Tezpur Lunatic Asylum reports 1877-1894 - 1877-1894
Year: 1877
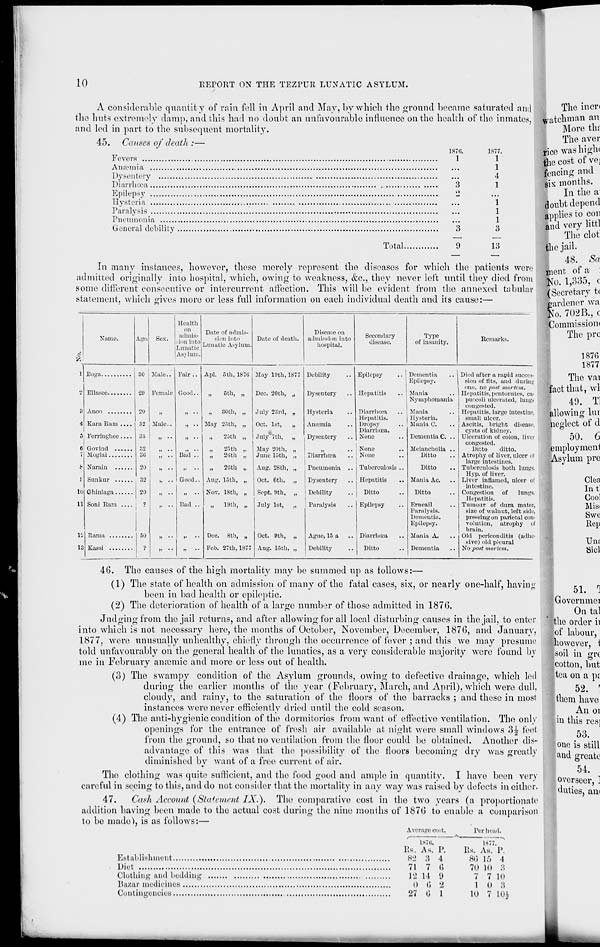
10
EErORT ON THE TEZPUR LUNATIC ASYLUM.
A considerable quantity of rain fell in April and May, by which the ground became saturated and
the huts extremely damp, and this had no doubt an unfavourable influence on the health of the inmates,
and led in part to the subsequent mortality.
45. Causes of death :—
ISTti.
1877.
Fevers
1
1
Anasrnia
1
Dysentery
4
Diari'hoea
3
1
Epilepsy
'2
Hysteria
1
Paralysis
1
Pneumonia
.
1
General debility
3
3
Total
9
13
In many instances, however, these merely represent the diseases for which the patients were
admitted originally into hospital, which, owing to weakness, &c., they never left until they died from
some different consecutive or intercurrent affection. This will be evident from the annexed tabular
statement, which gives more or less full information on each individual death and its cause:—
Name.
Age. Sex.
Health
itSLunatic Asylum
Asylum.
Date of death.
Disea-'-e on
admission into
hospital.
Secondary
disease.
Type
of insanity.
Kemarks
11
12
18
30
Ellasee
20
2(1
Kara Ham .... 52
Ferringhee.... 35
32
36
20
Sunkur
32
20
Soni Ram ....
?
50
?
Male..
Female
52 Male.
Fair .
Good.
Bad
Good..
Dad
Apl. 5th, 1870
>•
5th, „
„ 80th, „
Slay 25th, „
..
25th „
»
25th „
20th „
26th
Aug. 15th, „
Nov. 18th, „
„
19th, „
Dec. 8th, „
Feb. 27th, 1877
May 19th, 187;
Dec. 20th, „
July 23rd, „
Oct. 1st,
„
July 7th,
„
May 20th, „
June 15th, „
Aug. 28tli, „
Oct. 6th, „
Sept. 0th, „
July 1st,
„
Oct. 0th, „
Aug. 15th, „
Debility
Dysentery
Hysteria
Anaemia
Dysentery
Diarrhoea
rueuinonia
! Dysentery
I
1 Debility
I Paralysis
Ague, 15 a
Debility
Epilepsy
Hepatitis
Diarrhoea
Hepatitis.
Dropsy
Diarrhoea.
None
None
None
Tuberculosis
Hepatitis
Ditto
Epilepsy
Diarrhoea
Ditto
Dementia
Epilepsy.
Mania
Nymphomania
Mania
] [ysteria.
Mania 0,
Dementia C. ..
Melancholia ..
Ditto
Ditto
Mania Ac.
Ditto
BrneaU
Paralysis.
Dementia.
Epilepsy.
Mania A.
Dementia
Died after a rapid succes-
sion of fits, and during
one, no post mortem.
Hepatitis, pentorutes, ca-
pntcoli ulcerated, lungs
congested.
Hepatitis, large intestine,
small ulcer.
Ascitis, bright disease,
cysts of kidney.
Ulceration of colon, liver
congested.
Ditto
ditto.
Atrophy of liver, ulcer of
large intestines.
Tuberculosis both lungs,
Hyp. of liver.
Liver inflamed, ulcer of
intestine.
Congestion of
lungs.
Hepatitis.
Tumour of dura mater,
size of walnut, left side,
pressing on parietal con-
volution, atrophy of
brain.
Old periconditis (adhe-
sive) old pleural
Ho post mortem.
The incn
watchman an
More tin
The aver
rice was high(
the cost of vej
fencing and
six months.
In the a
doubt depend
applies to con
and very littl
The clot
the jail.
48. Sa
ment of a
No. 1,385, c
{Secretary t(
gardener wa
go. 702B., c
Commission!
The pre
I
1870
1877
The vai
fact that, wl
49. Tl
allowing lur
neglect of d
50. 6
employment
Asylum pre
Clea
Int
Cool
Mist
Swe
Rep
Um
Sicl
40. The causes of the high mortality may be summed up as follows:—
(1) The state of health on admission of many of the fatal cases, six, or nearly one-half, having
been in bad health or epileptic.
(2) The deterioration of health of a largo number of those admitted in 1876.
Judging from the jail returns, and after allowing for all local disturbing causes in the jail, to enter
into which is not necessary here, the months of October, November, December, 187G, and January,
1877, were unusually unhealthy, chiefly through the occurrence of fever ; and this we may presume
told unfavourably on the general health of the lunatics, as a very considerable majority were found by
me in February amende and more or less out of health.
(3) The swampy condition of the Asylum grounds, owing to defective drainage, which led
during the earlier months of the year (February, March, and April), which were dull,
cloudy, and rainy, to the saturation of the floors of the barracks ; and these in most
instances were never efficiently dried until the cold season.
(4) The anti-hygienic condition of the dormitories from want of effective ventilation. The only
openings for the entrance of fresh air available at night were small windows 3^ feet
from the ground, so that no ventilation from the floor could be obtained. Another dis-
advantage of this was that the possibility of the floors becoming dry was greatly
diminished by want of a free current of air.
The clothing Avas quite sufficient, and the food good and ample in quantity. I have been very
careful in seeing to this, and do not consider that the mortality in any way was raised by defects in either.
47.
Cash Account (Statement IX.). The comparative cost in the two years (a proportionate
addition having been made to the actual cost during the nine months of 187G to enable a comparison
to be madel, is as follows:—
Average cost,
i
ISTti.
l!s. As. P.
Establishment
s-j a 4
Diet
71 7 6
Clothing and bedding
12 14 U
Bazar medicines
O C 2
Contingencies
27 G 1
Per head.
1S77.
Us. As. P,
8<! 16 4
70 10 8
7 7 10
i o a
10 7 10*
51. 1
Govcrnmei
Ontal
the order ii
of labour,
however, t
[soil in grc
cotton, but
tea on a p;
52. '
them have
An oi
in this res]
53.
lone is still
and grcate
54.
overseer, ]
duties, an<